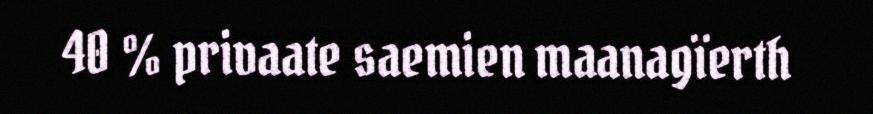
40 % privaate saemien maanagïerth